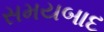
સમયબાદ